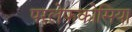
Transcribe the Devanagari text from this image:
परलेफकोसिया